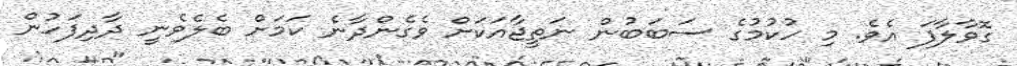
ގޮވާލާފަ އެވެ. މި ހުކުމުގެ ސަބަބުން ނަތީޖާއަކަށް ވެގެންދާނެ ކަމަށް ބެލެވެނީ ދާދިފަހުން